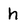
Character: h